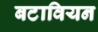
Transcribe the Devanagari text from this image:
बटावियन